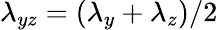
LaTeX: \lambda_{yz}=(\lambda_{y}+\lambda_{z})/2